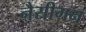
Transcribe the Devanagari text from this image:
नैसीगन